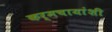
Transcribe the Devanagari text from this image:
कर्मचायांशी